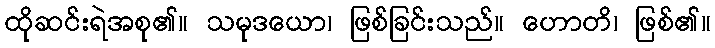
ထိုဆင်းရဲအစု၏။ သမုဒယော၊ ဖြစ်ခြင်းသည်။ ဟောတိ၊ ဖြစ်၏။